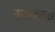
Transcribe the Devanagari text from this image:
कातड्यास